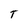
Character: T